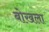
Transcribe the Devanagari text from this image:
बोखला